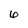
Character: 6